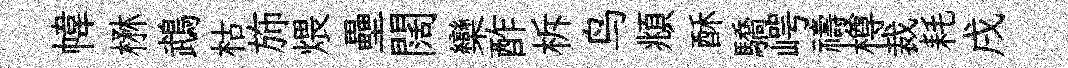
幃楙鵡枯斾煨壘闊欒酢柝鸟頫酥驕崿禱樽裁耗戌